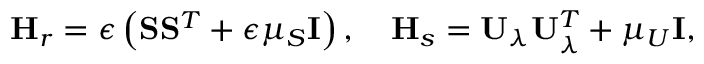
\mathbf { H } _ { r } = \epsilon \left( \mathbf { S } \mathbf { S } ^ { T } + \epsilon \mu _ { S } \mathbf { I } \right) , \quad \mathbf { H } _ { s } = \mathbf { U } _ { \lambda } \mathbf { U } _ { \lambda } ^ { T } + \mu _ { U } \mathbf { I } ,